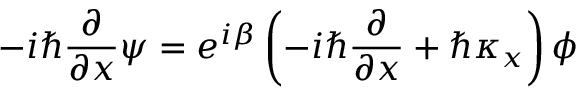
- i \hbar \frac { \partial } { \partial x } \psi = e ^ { i \beta } \left( - i \hbar \frac { \partial } { \partial x } + \hbar \kappa _ { x } \right) \phi